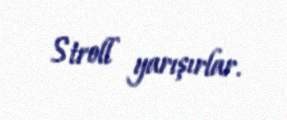
Stroll yarışırlar.